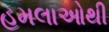
હમલાઓથી